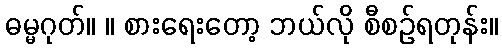
ဓမ္မဂုတ်။ ။ စားရေးတော့ ဘယ်လို စီစဉ်ရတုန်း။